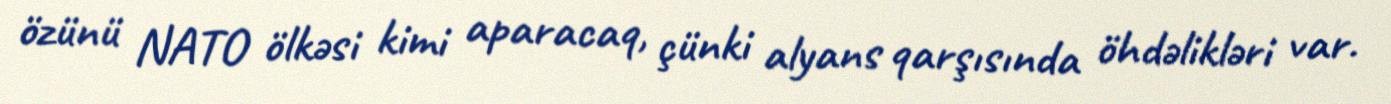
özünü NATO ölkəsi kimi aparacaq, çünki alyans qarşısında öhdəlikləri var.